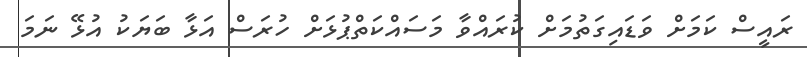
ރައީސް ކަމަށް ވަޑައިގަތުމަށް ކުރައްވާ މަސައްކަތްޕުޅަށް ހުރަސް އަޅާ ބަޔަކު އުޅޭ ނަމަ